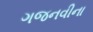
ગજનવીના